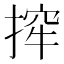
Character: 㨓